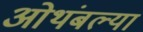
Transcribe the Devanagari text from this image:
ओथंबल्या